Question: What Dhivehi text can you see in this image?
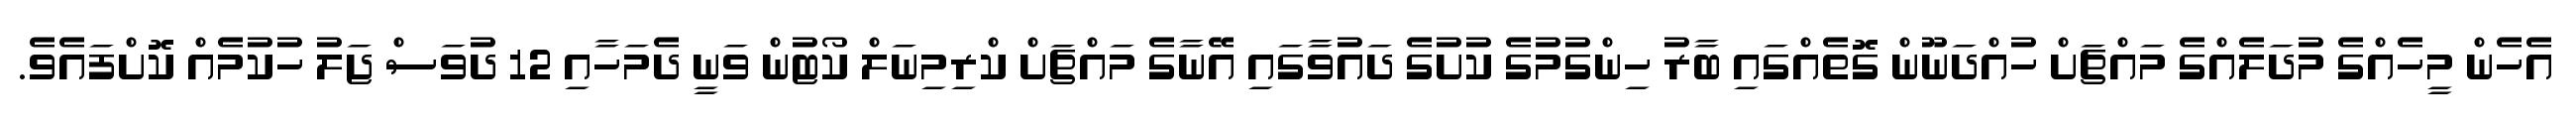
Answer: އެހެން މީހެއްގެ މުދަލެއްގެ މައްޗަށް ހުއްދަނޫން ގޮތެއްގައި ބާރު ހިންގުމުގެ ކުށުގެ ދައުވާގައި އޭނާގެ މައްޗަށް ކްރިމިނަލް ކޯޓުން ވަނީ ދެމަހާއި 12 ދުވަސް ޖަލު ހުކުމެއް ކޮށްފައެވެ.